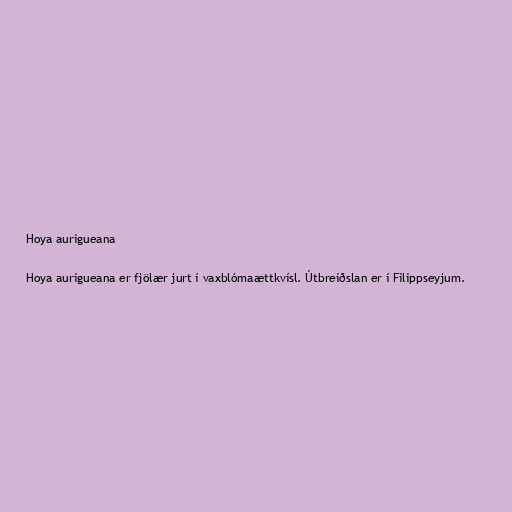
Hoya aurigueana

Hoya aurigueana er fjölær jurt í vaxblómaættkvísl. Útbreiðslan er í Filippseyjum.